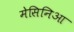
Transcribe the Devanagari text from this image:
मेसिनिआ